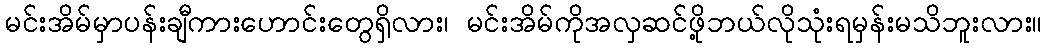
မင်းအိမ်မှာပန်းချီကားဟောင်းတွေရှိလား၊ မင်းအိမ်ကိုအလှဆင်ဖို့ဘယ်လိုသုံးရမှန်းမသိဘူးလား။